画像に写った文字を読んでください
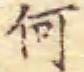
「何」と書いてあります